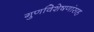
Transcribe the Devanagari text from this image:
गुणविशेषणांसह